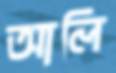
আলি